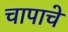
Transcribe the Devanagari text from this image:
चापाचे